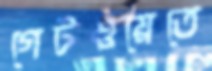
গেটওয়েতে